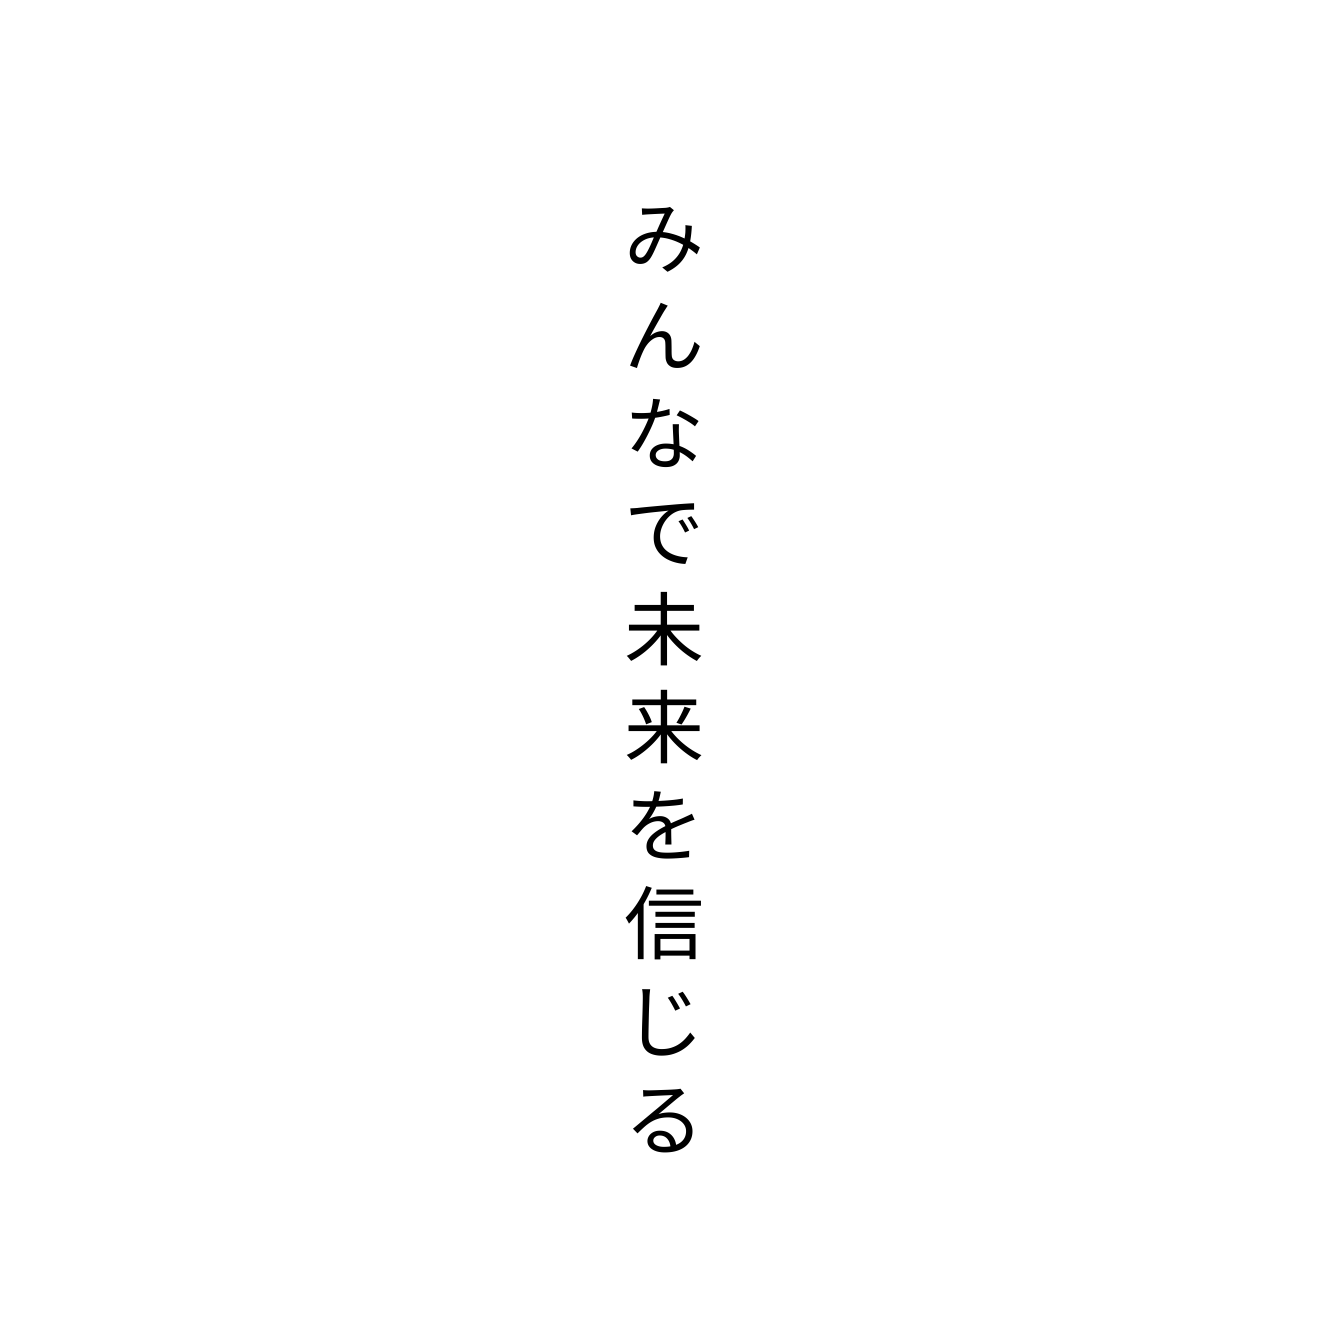
みんなで未来を信じる